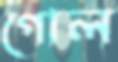
গোল